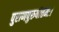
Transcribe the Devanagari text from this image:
पुराणपुरुषोत्तमः।